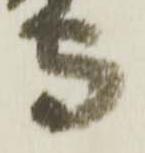
守